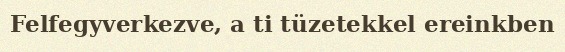
Felfegyverkezve, a ti tüzetekkel ereinkben